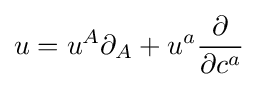
u=u^{A}\partial _{A}+u^{a}{\frac {\partial }{\partial c^{a}}}